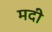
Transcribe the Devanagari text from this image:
मदी